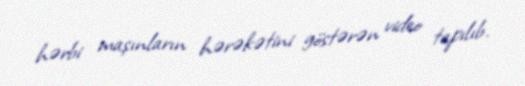
hərbi maşınların hərəkətini göstərən video tapılıb.